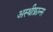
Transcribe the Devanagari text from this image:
अस्थीफ्रान्स